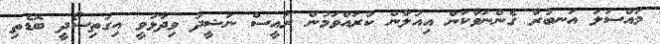
މައްސަލަ އަނބުރާ ގެންނަވާކަން އިއުލާން ކުރައްވަމުން ރައީސް ނަޝީދު ވިދާޅުވީ އިގުތިސޯދީ ބޮޑެތި